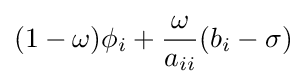
(1-\omega )\phi _{i}+{\frac {\omega }{a_{ii}}}(b_{i}-\sigma )